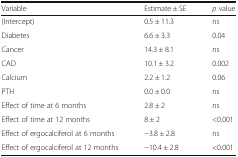
<table><thead><tr><td><b>Variable</b></td><td><b>Estimate ± SE</b></td><td><b><i>p</i> value</b></td></tr></thead><tbody><tr><td>(Intercept)</td><td>0.5 ± 11.3</td><td>ns</td></tr><tr><td>Diabetes</td><td>6.6 ± 3.3</td><td>0.04</td></tr><tr><td>Cancer</td><td>14.3 ± 8.1</td><td>ns</td></tr><tr><td>CAD</td><td>10.1 ± 3.2</td><td>0.002</td></tr><tr><td>Calcium</td><td>2.2 ± 1.2</td><td>0.06</td></tr><tr><td>PTH</td><td>0.0 ± 0.0</td><td>ns</td></tr><tr><td>Effect of time at 6 months</td><td>2.8 ± 2</td><td>ns</td></tr><tr><td>Effect of time at 12 months</td><td>8 ± 2</td><td>&lt;0.001</td></tr><tr><td>Effect of ergocalciferol at 6 months</td><td>−3.8 ± 2.8</td><td>ns</td></tr><tr><td>Effect of ergocalciferol at 12 months</td><td>−10.4 ± 2.8</td><td>&lt;0.001</td></tr></tbody></table>